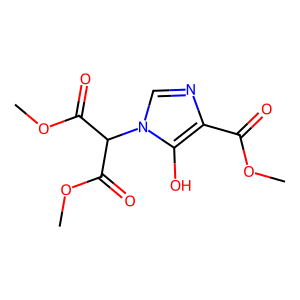
SMILES: COC(=O)c1ncn(C(C(=O)OC)C(=O)OC)c1O
Inhibits HIV replication: No